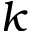
k